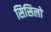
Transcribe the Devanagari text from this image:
सिसिलो